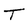
Character: T